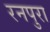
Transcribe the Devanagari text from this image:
रनपुरा